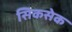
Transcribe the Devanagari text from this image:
सिकसेक